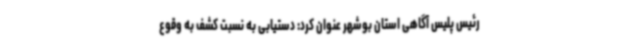
رئیس پلیس آگاهی استان بوشهر عنوان کرد: دستیابی به نسبت کشف به وقوع